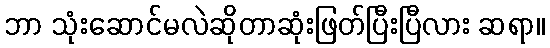
ဘာ သုံးဆောင်မလဲဆိုတာဆုံးဖြတ်ပြီးပြီလား ဆရာ။